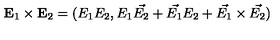
{ \bf E } _ { 1 } \times { \bf E } _ { 2 } = ( E _ { 1 } E _ { 2 } , E _ { 1 } \vec { E _ { 2 } } + \vec { E _ { 1 } } E _ { 2 } + \vec { E _ { 1 } } \times \vec { E _ { 2 } } )